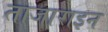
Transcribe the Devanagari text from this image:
ताजाराइन